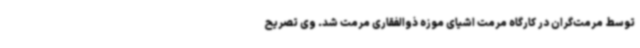
توسط مرمت‌گران در کارگاه مرمت اشیای موزه ذوالفقاری مرمت شد. وی تصریح